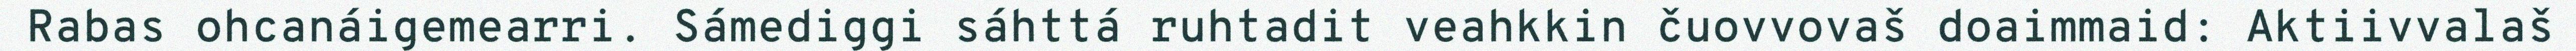
Rabas ohcanáigemearri. Sámediggi sáhttá ruhtadit veahkkin čuovvovaš doaimmaid: Aktiivvalaš